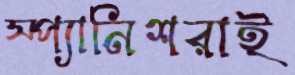
স্প্যানিশরাই